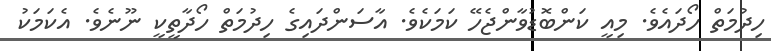
ހިދުމަތް ހޯދައެވެ. މިއީ ކަންބޮޑުވާންޖެހޭ ކަމަކެވެ. އާސަންދައިގެ ހިދުމަތް ހޯދާތީކީ ނޫނެވެ. އެކަމަކު